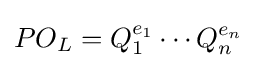
PO_{L}=Q_{1}^{e_{1}}\cdots Q_{n}^{e_{n}}